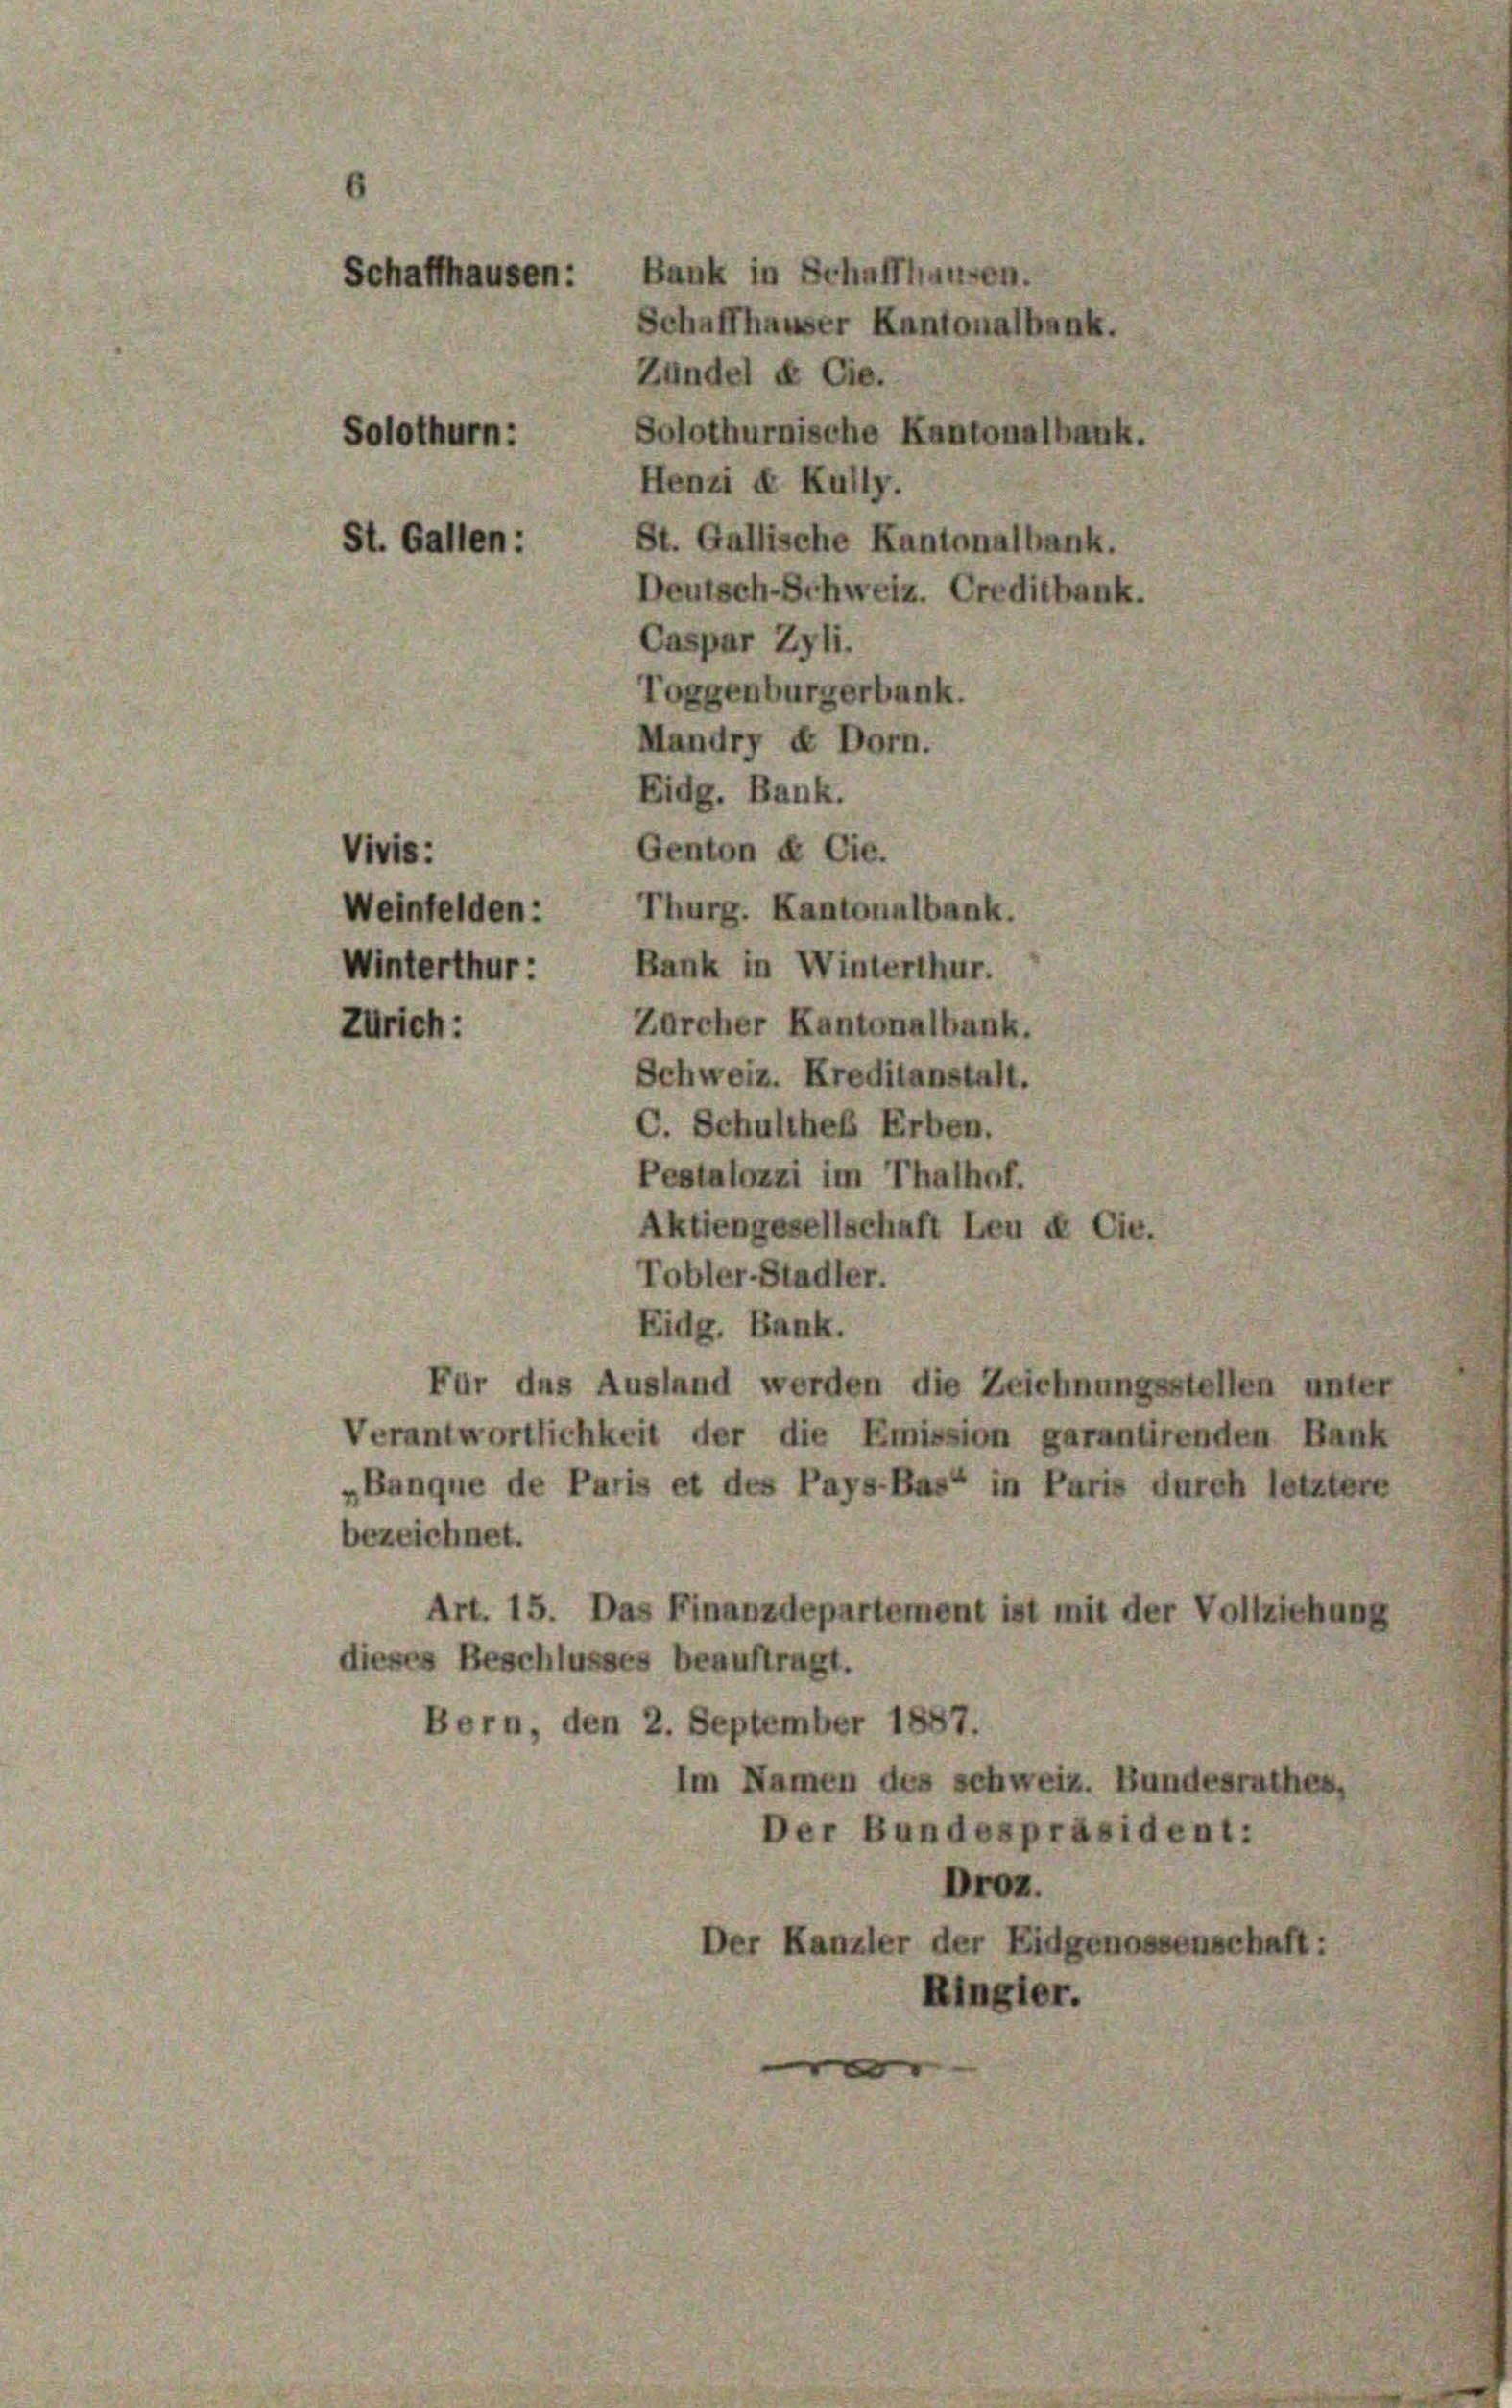
Solothurn:
St. Gallen:

Zürich:

Vivis:

Schaffhausen: Bank in Schaffhausen.
Zündel & Cie.
Solothurnische Kantonalbank.
Henzi & Kully.
St. Gallische Kantonalbank.
Deutsch-Schweiz. Creditbank.
Caspar Zyli.
Toggenburgerbank.
Mandry et Dorn.
Eidg. Bank.
Genton & Cie.
Weinfelden: Thurg. Kantonalbank.
Winterthur: Bank in Winterthur.
Zürcher Kantonalbank.
Schweiz. Kreditanstalt.
C. Schulthes Erben.
Pestalozzi im Thalhof.
Aktiengesellschaft Leu & Cie.
Tobler-Stadter.
Eidg. Bank.
Für das Ausland werden die Zeichnungsstellen unter
Verantwortlichkeit der die Emission garantirenden Bank
„Banque de Paris et des Pays-Bas“ in Paris durch letztere
bezeichnet.
Art. 15. Das Finanzdepartement ist mit der Vollziehung
dieses Beschlusses beauftragt.
Bern, den 2. September 1887.
Im Namen des schweiz. Bundesrathes,
Der Bundespräsident:
Droz.
der Kanzler der Eidgenossenschaft:
Ringler.

Schaffhauser Kantonalbank.